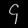
Digit: ၄